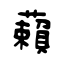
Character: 藾